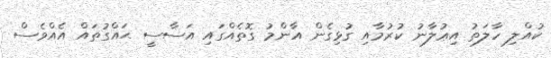
ކުއްލި ހާލަތު އިޢުލާނު ކުރުމާއި ގުޅިގެން އާންމު ގޮތެއްގައި އަސާސީ ޙައްގުތައް އެއްވެސް